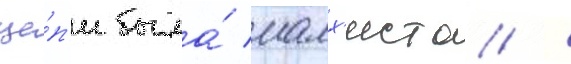
це́п'и была́ малх'иста /